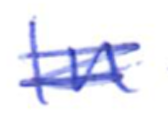
Text: In
Cross-out: scratch
Writing tool: ballpoint